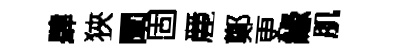
肆狹闡固䴡鄭更緣肌